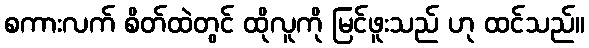
စကားလက် စိတ်ထဲတွင် ထိုလူကို မြင်ဖူးသည် ဟု ထင်သည်။